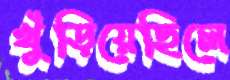
খুঁড়িয়েছিলে